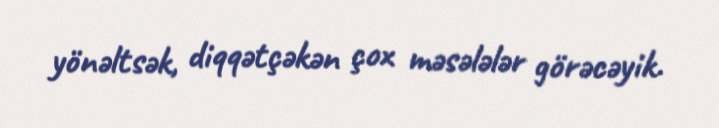
yönəltsək, diqqətçəkən çox məsələlər görəcəyik.